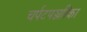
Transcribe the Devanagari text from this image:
चर्पटपञ्जरिका